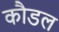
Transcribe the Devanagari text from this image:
कौडल